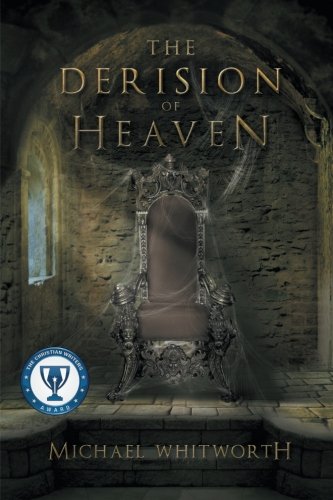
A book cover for The Derision of Heaven: A Guide to Daniel; Michael Whitworth; Christian Books & Bibles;